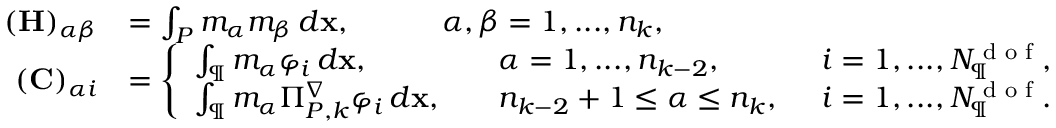
\begin{array} { r l } { ( \mathbf { H } ) _ { \alpha \beta } } & { = \int _ { { P } } m _ { \alpha } m _ { \beta } \, d \mathbf { x } , \qquad \quad \alpha , \beta = 1 , . . . , n _ { k } , } \\ { ( \mathbf { C } ) _ { \alpha i } } & { = \left\{ \begin{array} { l l l } { \int _ { \P } m _ { \alpha } \varphi _ { i } \, d \mathbf { x } , } & { \quad \alpha = 1 , . . . , n _ { k - 2 } , } & { \enskip i = 1 , . . . , N _ { \P } ^ { \textrm { d o f } } , } \\ { \int _ { \P } m _ { \alpha } \Pi _ { { P } , k } ^ { \nabla } \varphi _ { i } \, d \mathbf { x } , } & { \quad n _ { k - 2 } + 1 \leq \alpha \leq n _ { k } , } & { \enskip i = 1 , . . . , N _ { \P } ^ { \textrm { d o f } } . } \end{array} \right. } \end{array}